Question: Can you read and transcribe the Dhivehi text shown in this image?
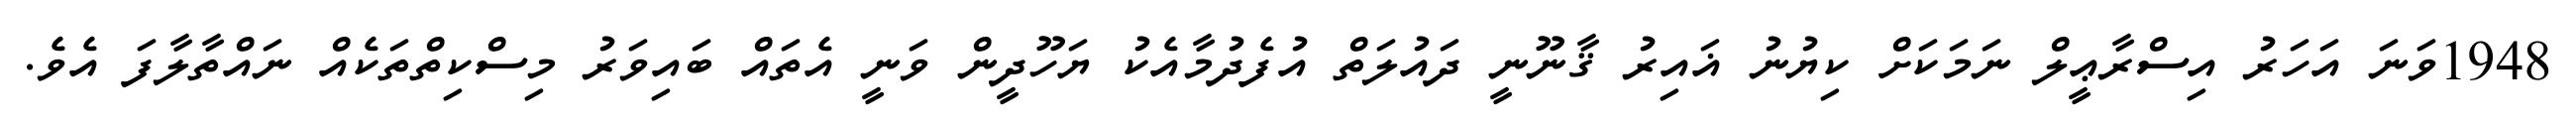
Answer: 1948ވަނަ އަހަރު އިސްރާޢީލް ނަމަކަށް ކިޔުނު ޣައިރު ޤާނޫނީ ދައުލަތް އުފެދުމާއެކު ޔަހޫދީން ވަނީ އެތައް ބައިވަރު މިސްކިތްތަކެއް ނައްތާލާފަ އެވެ.